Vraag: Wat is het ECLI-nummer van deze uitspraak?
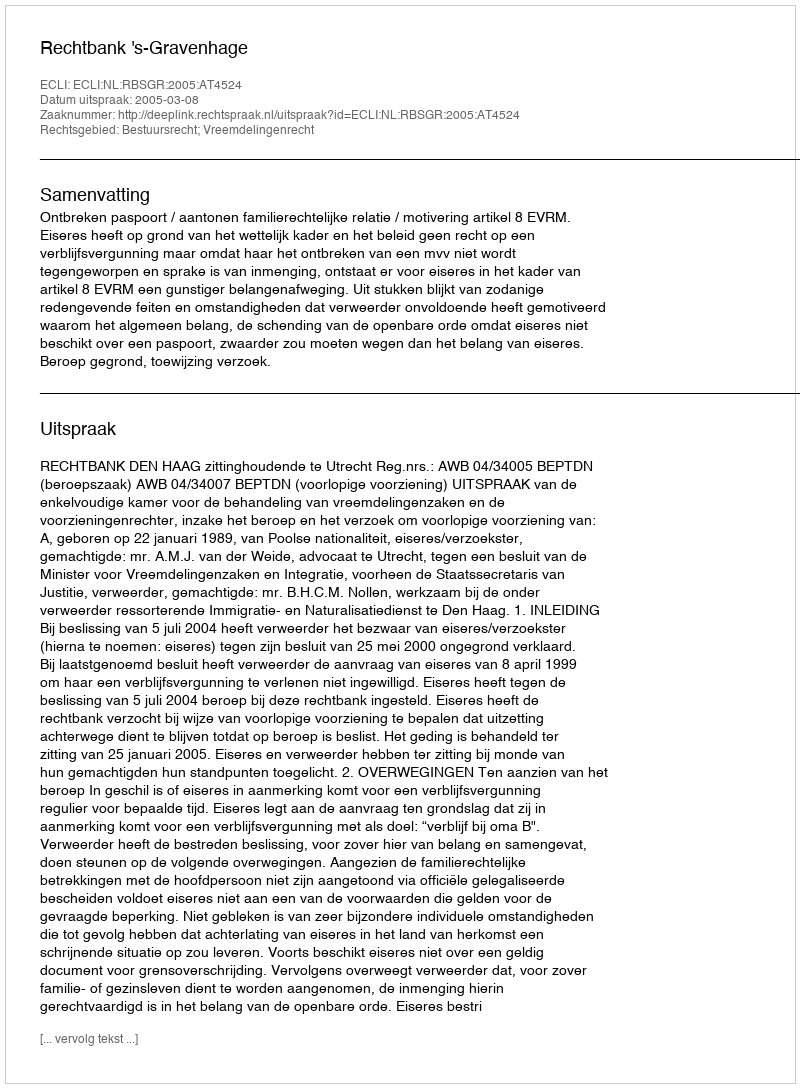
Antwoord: ECLI:NL:RBSGR:2005:AT4524